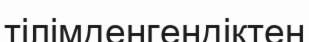
тілімденгендіктен